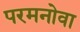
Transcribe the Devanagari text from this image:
परमनोवा